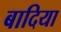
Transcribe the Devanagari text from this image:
बादिया